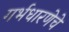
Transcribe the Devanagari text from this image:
गर्भधारणेचे